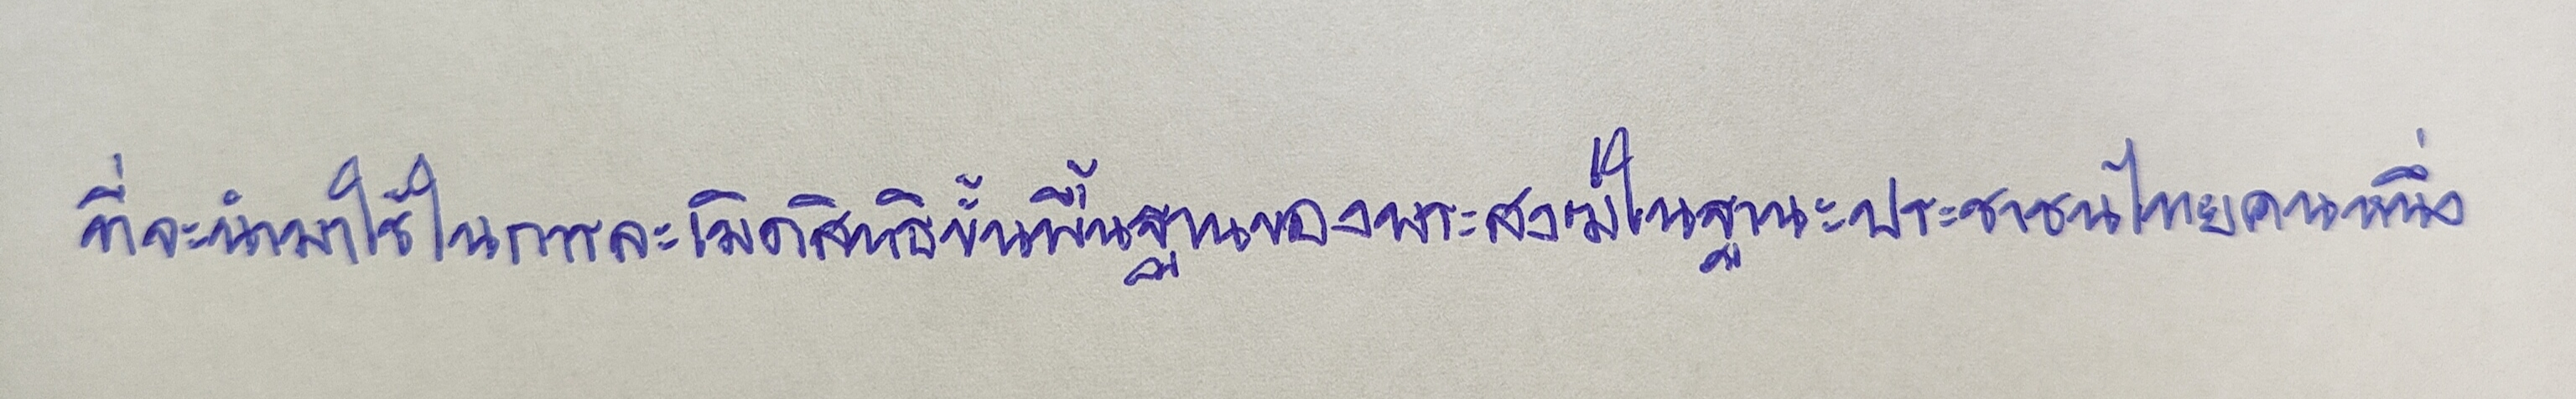
ที่จะนำมาใช้ในการละเมิดสิทธิขั้นพื้นฐานของพระสงฆ์ในฐานะประชาชนไทยคนหนึ่ง